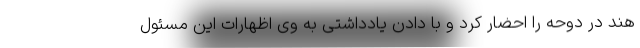
هند در دوحه را احضار کرد و با دادن یادداشتی به وی اظهارات این مسئول